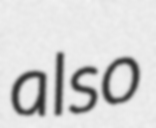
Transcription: also